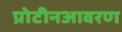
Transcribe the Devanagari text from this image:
प्रोटीनआवरण